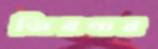
জিরগার